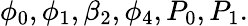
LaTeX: \phi_{0},\phi_{1},\beta_{2},\phi_{4},P_{0},P_{1}.